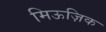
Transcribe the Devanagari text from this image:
मिऊज़िक